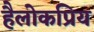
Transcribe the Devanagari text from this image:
हैलोकप्रिय